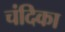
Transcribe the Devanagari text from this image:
चंदिका